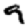
Digit: 9